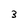
Character: 3